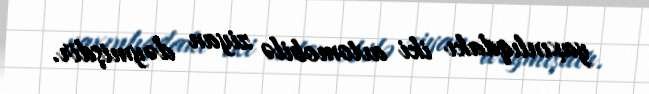
yaxınlıqdakı iki avtomobilə ziyan dəymişdir.